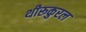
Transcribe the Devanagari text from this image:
थीरूकुरल